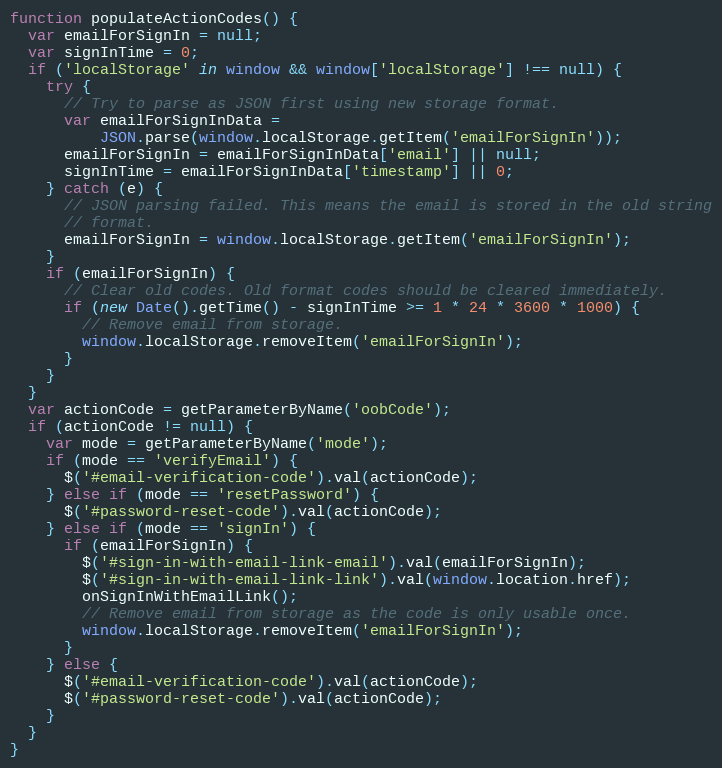
Language: JavaScript
function populateActionCodes() {
  var emailForSignIn = null;
  var signInTime = 0;
  if ('localStorage' in window && window['localStorage'] !== null) {
    try {
      // Try to parse as JSON first using new storage format.
      var emailForSignInData =
          JSON.parse(window.localStorage.getItem('emailForSignIn'));
      emailForSignIn = emailForSignInData['email'] || null;
      signInTime = emailForSignInData['timestamp'] || 0;
    } catch (e) {
      // JSON parsing failed. This means the email is stored in the old string
      // format.
      emailForSignIn = window.localStorage.getItem('emailForSignIn');
    }
    if (emailForSignIn) {
      // Clear old codes. Old format codes should be cleared immediately.
      if (new Date().getTime() - signInTime >= 1 * 24 * 3600 * 1000) {
        // Remove email from storage.
        window.localStorage.removeItem('emailForSignIn');
      }
    }
  }
  var actionCode = getParameterByName('oobCode');
  if (actionCode != null) {
    var mode = getParameterByName('mode');
    if (mode == 'verifyEmail') {
      $('#email-verification-code').val(actionCode);
    } else if (mode == 'resetPassword') {
      $('#password-reset-code').val(actionCode);
    } else if (mode == 'signIn') {
      if (emailForSignIn) {
        $('#sign-in-with-email-link-email').val(emailForSignIn);
        $('#sign-in-with-email-link-link').val(window.location.href);
        onSignInWithEmailLink();
        // Remove email from storage as the code is only usable once.
        window.localStorage.removeItem('emailForSignIn');
      }
    } else {
      $('#email-verification-code').val(actionCode);
      $('#password-reset-code').val(actionCode);
    }
  }
}